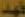
فهد